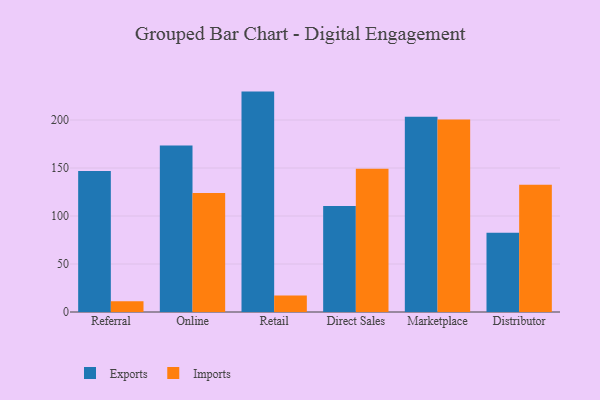
{"axis": {"x": "Channel", "y": "Population (Million)"}, "legend": ["Exports", "Imports"], "data": [{"x": "Referral", "y": 146.8, "type": "Exports"}, {"x": "Referral", "y": 11.2, "type": "Imports"}, {"x": "Online", "y": 173.5, "type": "Exports"}, {"x": "Online", "y": 123.9, "type": "Imports"}, {"x": "Retail", "y": 229.6, "type": "Exports"}, {"x": "Retail", "y": 17.1, "type": "Imports"}, {"x": "Direct Sales", "y": 110.3, "type": "Exports"}, {"x": "Direct Sales", "y": 149.3, "type": "Imports"}, {"x": "Marketplace", "y": 203.4, "type": "Exports"}, {"x": "Marketplace", "y": 200.5, "type": "Imports"}, {"x": "Distributor", "y": 82.6, "type": "Exports"}, {"x": "Distributor", "y": 132.5, "type": "Imports"}]}